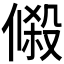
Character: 𬿔